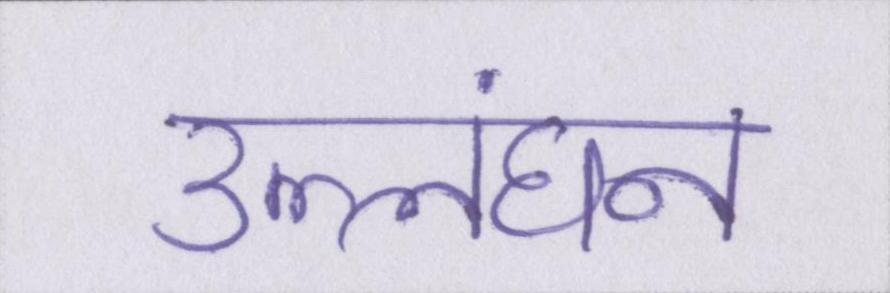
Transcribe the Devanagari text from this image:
उल्लंघन